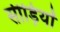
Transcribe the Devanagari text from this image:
सीड़ियों